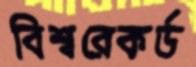
বিশ্বরেকর্ড